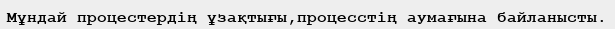
Мұндай процестердің ұзақтығы,процесстің аумағына байланысты.